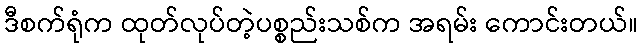
ဒီစက်ရုံက ထုတ်လုပ်တဲ့ပစ္စည်းသစ်က အရမ်း ကောင်းတယ်။